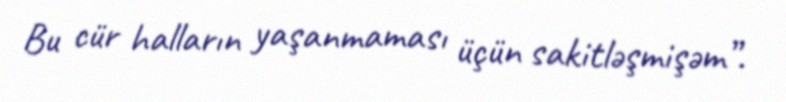
Bu cür halların yaşanmaması üçün sakitləşmişəm”.